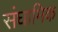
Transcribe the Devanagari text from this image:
संघामिक